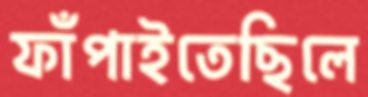
ফাঁপাইতেছিলে